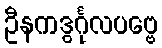
ဦနကဒွင်္ဂုလပဗ္ဗေ